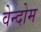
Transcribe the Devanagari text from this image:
वेन्दोम